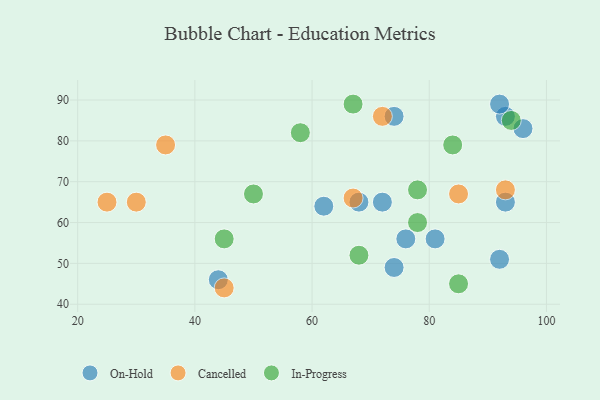
{"axis": {"x": "GDP", "y": "Life Expectancy"}, "legend": ["Cancelled", "In-Progress", "On-Hold"], "data": [{"x": "96", "y": 83, "type": "On-Hold"}, {"x": "76", "y": 56, "type": "On-Hold"}, {"x": "68", "y": 65, "type": "On-Hold"}, {"x": "81", "y": 56, "type": "On-Hold"}, {"x": "74", "y": 49, "type": "On-Hold"}, {"x": "92", "y": 51, "type": "On-Hold"}, {"x": "62", "y": 64, "type": "On-Hold"}, {"x": "93", "y": 65, "type": "On-Hold"}, {"x": "44", "y": 46, "type": "On-Hold"}, {"x": "72", "y": 65, "type": "On-Hold"}, {"x": "74", "y": 86, "type": "On-Hold"}, {"x": "93", "y": 86, "type": "On-Hold"}, {"x": "92", "y": 89, "type": "On-Hold"}, {"x": "35", "y": 79, "type": "Cancelled"}, {"x": "67", "y": 66, "type": "Cancelled"}, {"x": "85", "y": 67, "type": "Cancelled"}, {"x": "93", "y": 68, "type": "Cancelled"}, {"x": "45", "y": 44, "type": "Cancelled"}, {"x": "30", "y": 65, "type": "Cancelled"}, {"x": "25", "y": 65, "type": "Cancelled"}, {"x": "72", "y": 86, "type": "Cancelled"}, {"x": "58", "y": 82, "type": "In-Progress"}, {"x": "78", "y": 68, "type": "In-Progress"}, {"x": "94", "y": 85, "type": "In-Progress"}, {"x": "84", "y": 79, "type": "In-Progress"}, {"x": "85", "y": 45, "type": "In-Progress"}, {"x": "78", "y": 60, "type": "In-Progress"}, {"x": "50", "y": 67, "type": "In-Progress"}, {"x": "45", "y": 56, "type": "In-Progress"}, {"x": "67", "y": 89, "type": "In-Progress"}, {"x": "68", "y": 52, "type": "In-Progress"}]}